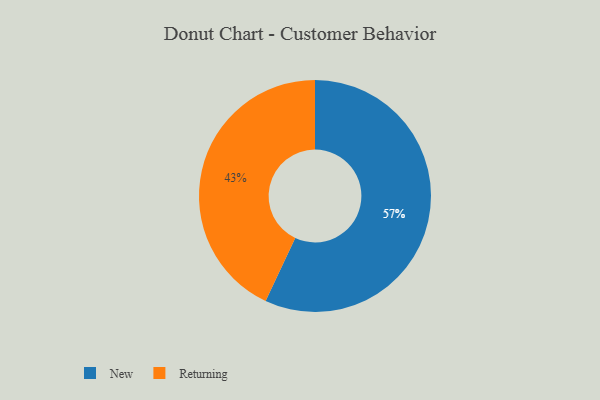
{"axis": {"x": "Category", "y": "Percentage"}, "legend": ["New", "Returning"], "data": [{"x": "New", "y": 57, "type": "New"}, {"x": "Returning", "y": 43, "type": "Returning"}]}